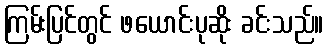
ကြမ်းပြင်တွင် ဖယောင်းပုဆိုး ခင်းသည်။